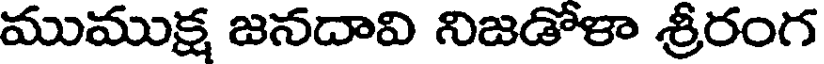
ముముక్ష జనదావి నిజడోళా శ్రీరంగ